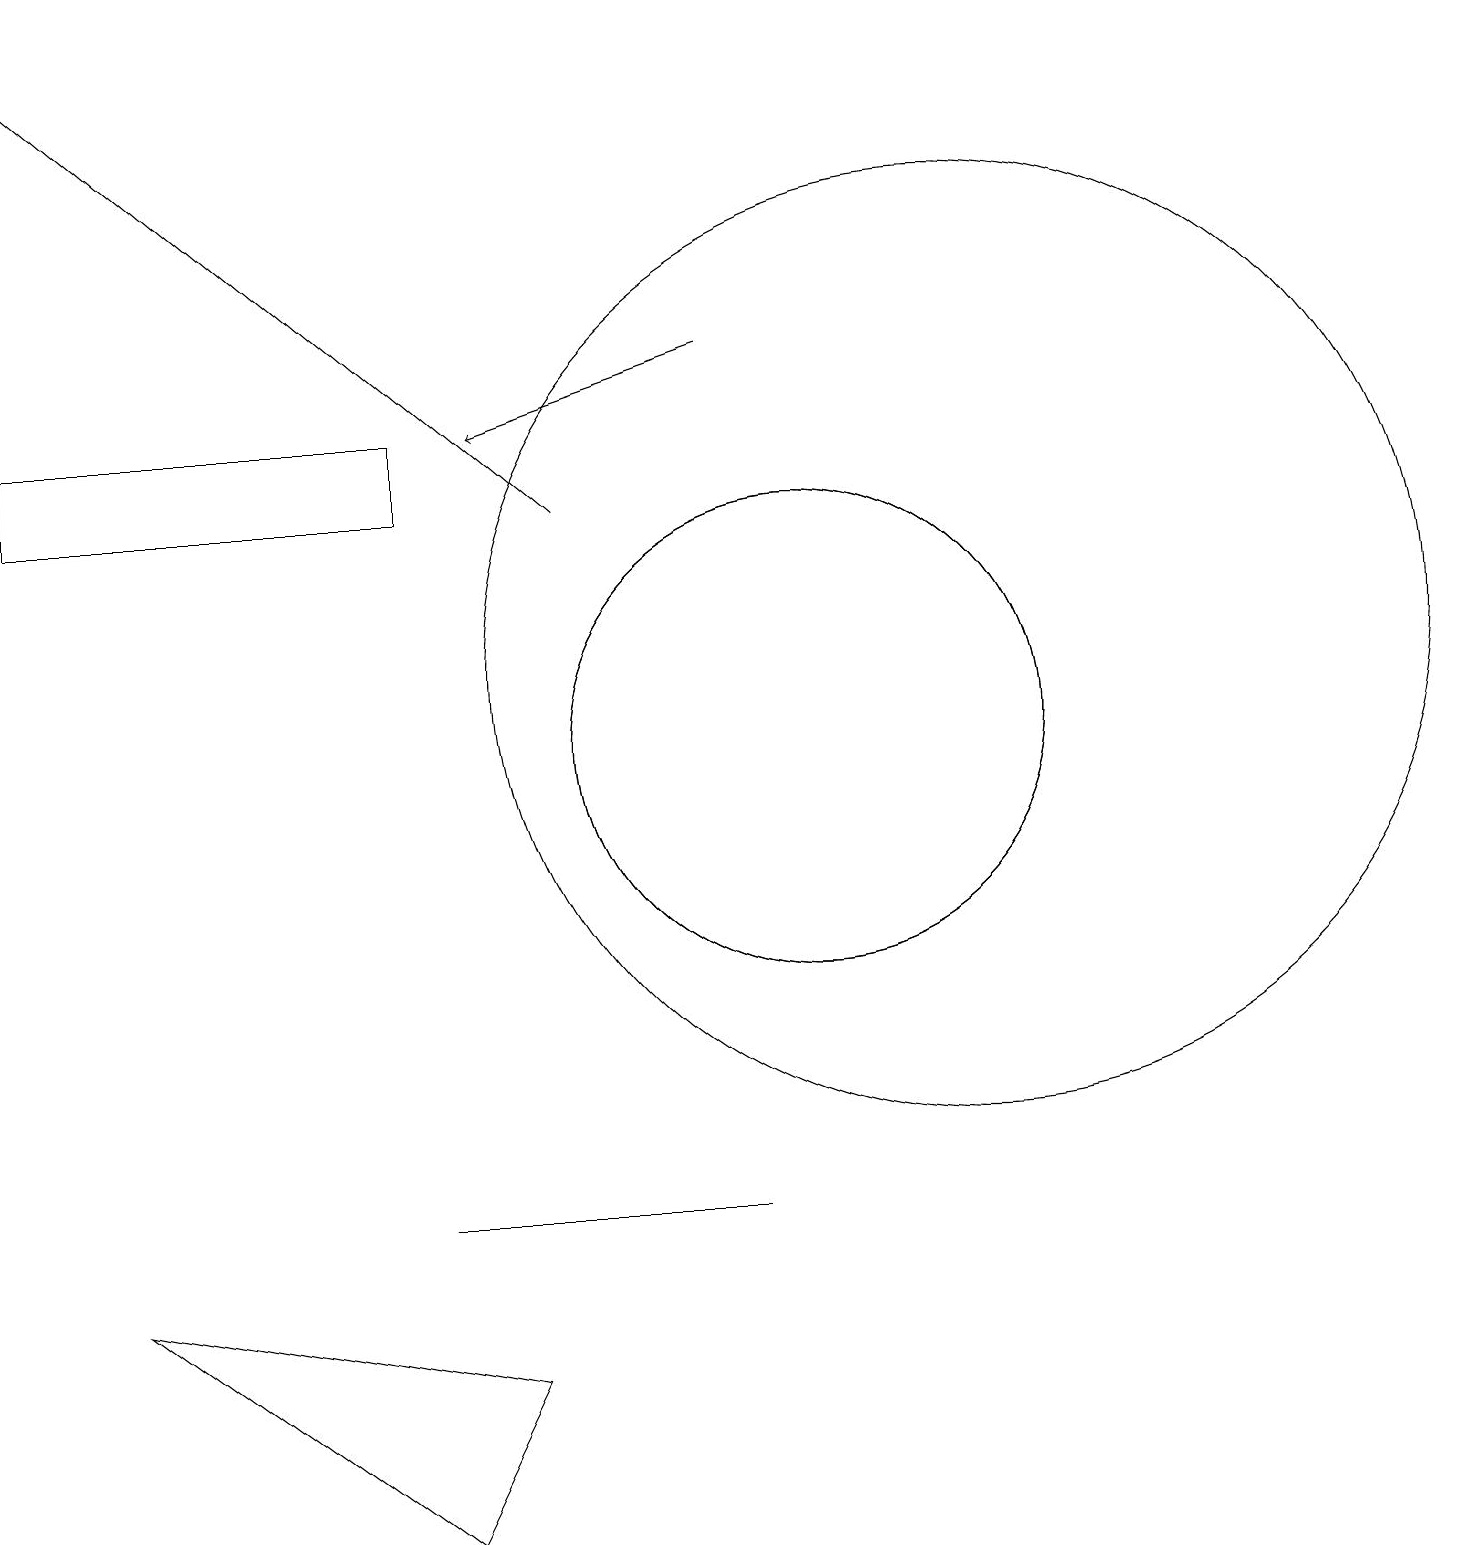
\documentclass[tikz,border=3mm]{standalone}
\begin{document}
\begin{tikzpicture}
\draw[->] (9,15) -- (6,14);
\draw (12,11) circle (6);
\draw (5,4) -- (9,4) -- (6,4) -- cycle;
\draw (0,13) rectangle (5,14);
\draw (10,10) circle (3);
\draw[->] (7,13) -- (0,19);
\draw (10,10) circle (3);
\draw (1,3) -- (6,2) -- (5,0) -- cycle;
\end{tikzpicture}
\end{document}